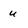
Character: u